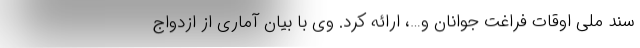
سند ملی اوقات فراغت جوانان و…، ارائه کرد. وی با بیان آماری از ازدواج